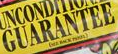
GUARANTEE